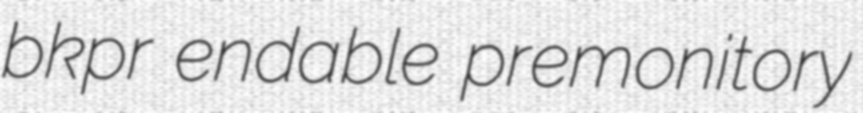
bkpr endable premonitory